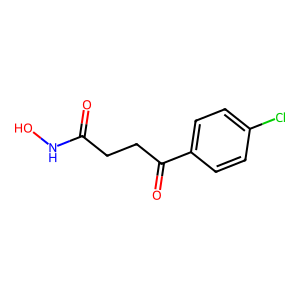
SMILES: O=C(CCC(=O)c1ccc(Cl)cc1)NO
Inhibits HIV replication: No